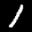
Label: 1